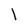
Character: l